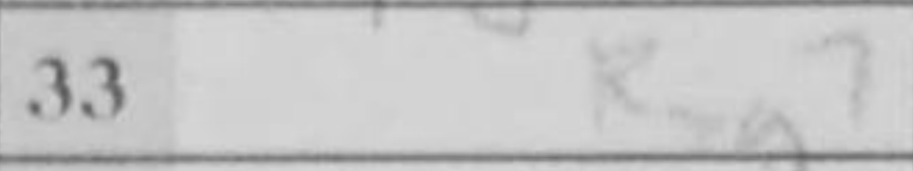
Transcription: Rxg7